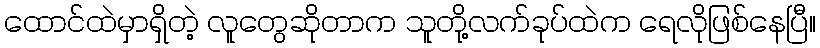
ထောင်ထဲမှာရှိတဲ့ လူတွေဆိုတာက သူတို့လက်ခုပ်ထဲက ရေလိုဖြစ်နေပြီ။